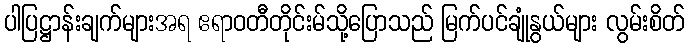
ပါပြဋ္ဌာန်းချက်များအရ ဧရာဝတီတိုင်းမ်သို့ပြောသည် မြက်ပင်ချုံနွယ်များ လွမ်းစိတ်